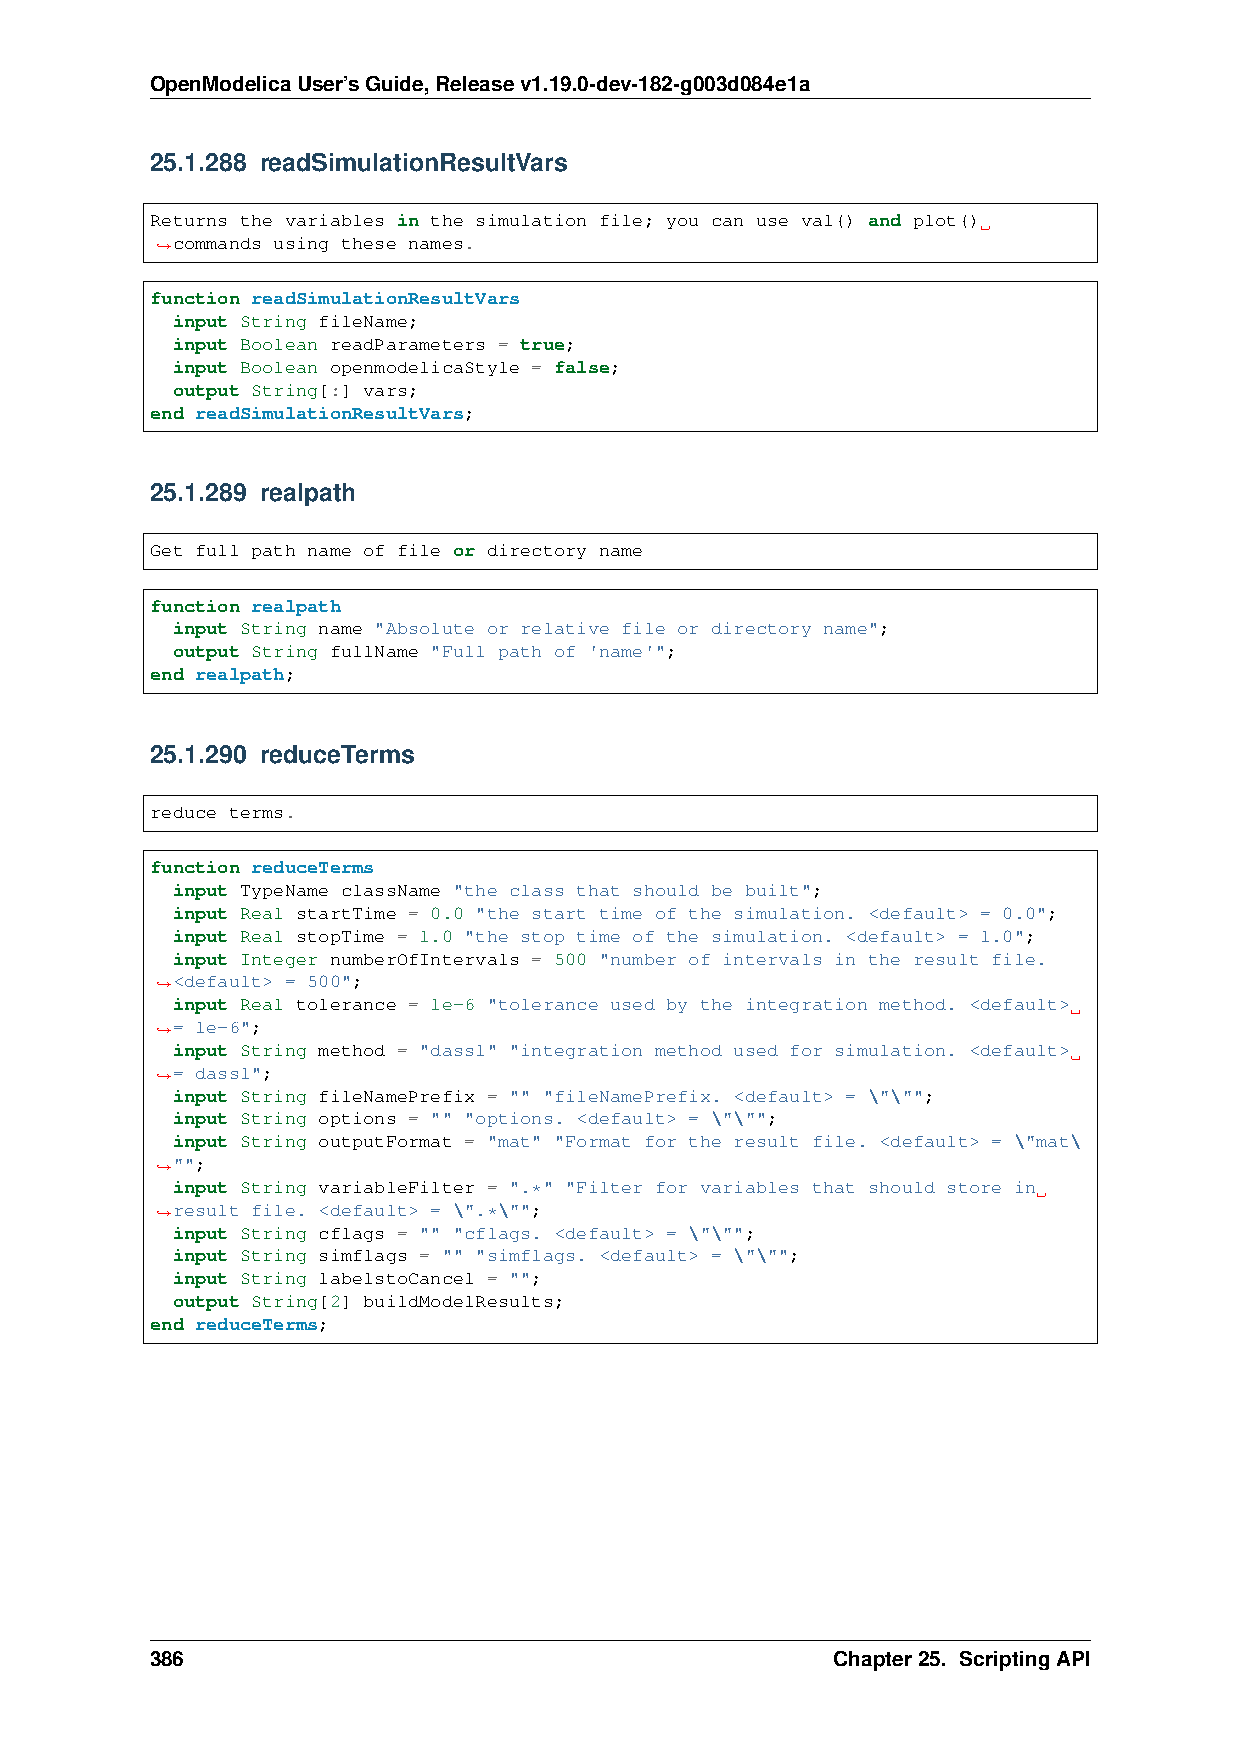
OpenModelicaUser’sGuide,Releasev1.19.0-dev-182-g003d084e1a
 25.1.288 readSimulationResultVars
 Returns the variables in the simulation file; you can use val() and plot()
 commands using these names.
 ˓→
 function readSimulationResultVars
 input String fileName;
 input Boolean readParameters = true;
 input Boolean openmodelicaStyle = false;
 output String[:] vars;
 end readSimulationResultVars;
 25.1.289 realpath
 Get full path name of file or directory name
 function realpath
 input String name "Absolute or relative file or directory name";
 output String fullName "Full path of 'name'";
 end realpath;
 25.1.290 reduceTerms
 reduce terms.
 function reduceTerms
 input TypeName className "the class that should be built";
 input Real startTime = 0.0 "the start time of the simulation. <default> = 0.0";
 input Real stopTime = 1.0 "the stop time of the simulation. <default> = 1.0";
 input Integer numberOfIntervals = 500 "number of intervals in the result file.
 <default> = 500";
 ˓→
 input Real tolerance = 1e-6 "tolerance used by the integration method. <default>
 = 1e-6";
 ˓→
 input String method = "dassl" "integration method used for simulation. <default>
 = dassl";
 ˓→
 input String fileNamePrefix = "" "fileNamePrefix. <default> = \"\"";
 input String options = "" "options. <default> = \"\"";
 input String outputFormat = "mat" "Format for the result file. <default> = \"mat\
 "";
 ˓→
 input String variableFilter = ".*" "Filter for variables that should store in
 ˓→result file. <default> = \".*\"";
 input String cflags = "" "cflags. <default> = \"\"";
 input String simflags = "" "simflags. <default> = \"\"";
 input String labelstoCancel = "";
 output String[2] buildModelResults;
 end reduceTerms;
 386                                          Chapter25. ScriptingAPI